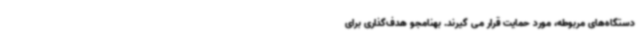
دستگاه‌های مربوطه، مورد حمایت قرار می گیرند. بهنامجو هدف‌گذاری برای